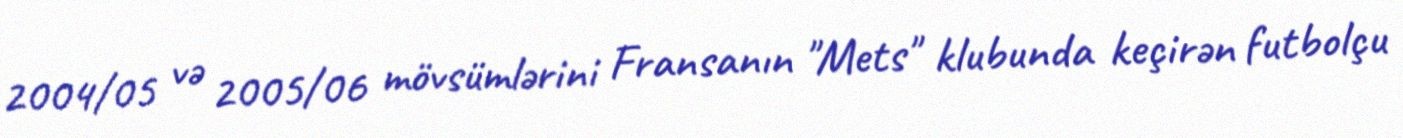
2004/05 və 2005/06 mövsümlərini Fransanın "Mets" klubunda keçirən futbolçu